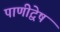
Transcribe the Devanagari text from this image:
पाणीद्वेष